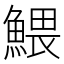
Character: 鰃